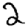
Digit: 2